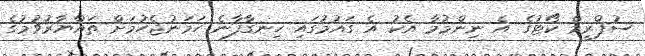
ސުޕްރީމް ކޯޓުގެ އެ ނިންމުމާ އެކު އެ ގައުމުގައި ހިނގާފާނެ ހަމަނުޖެހުމަށް ތައްޔާރުވުމުގެ